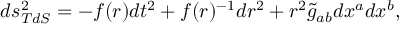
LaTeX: d s _ { T d S } ^ { 2 } = - f ( r ) d t ^ { 2 } + f ( r ) ^ { - 1 } d r ^ { 2 } + r ^ { 2 } \tilde { g } _ { a b } d x ^ { a } d x ^ { b } ,